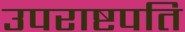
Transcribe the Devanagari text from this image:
उपराष्टपति